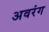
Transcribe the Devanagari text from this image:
अवरंग